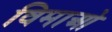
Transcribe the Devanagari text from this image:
विमाओ